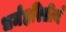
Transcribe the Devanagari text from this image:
धर्महरितीर्थ